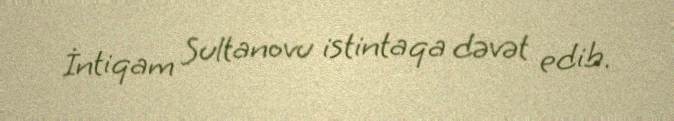
İntiqam Sultanovu istintaqa dəvət edib.